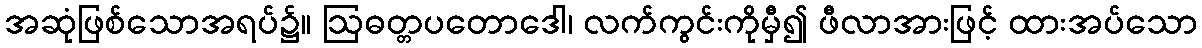
အဆုံဖြစ်သောအရပ်၌။ ဩဓတ္တပတောဒေါ၊ လက်ကွင်းကိုမှီ၍ ဖီလာအားဖြင့် ထားအပ်သော